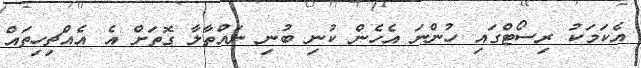
އެކަމަކު ރިސޯޓްގައި ހުންނަ އެހެން ކުނި ބުނި ނައްތާލާ ގޮތަށް އެ އެއްޗިހިތައް